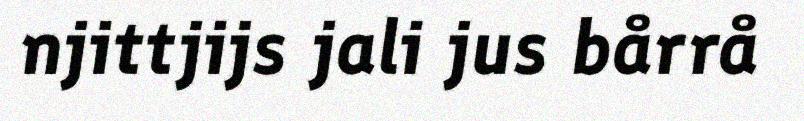
njittjijs jali jus bårrå